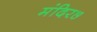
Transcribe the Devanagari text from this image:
मंदिर७